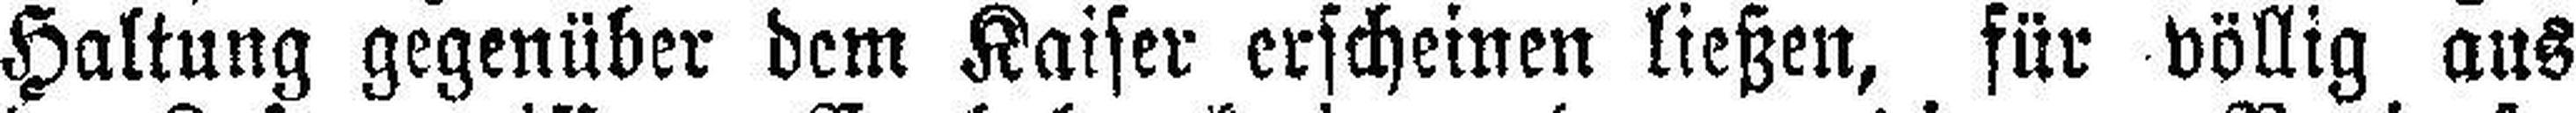
Haltung gegenüber dem Kaiser erscheinen ließen, für völlig aus